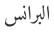
البرانس